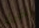
اخرى